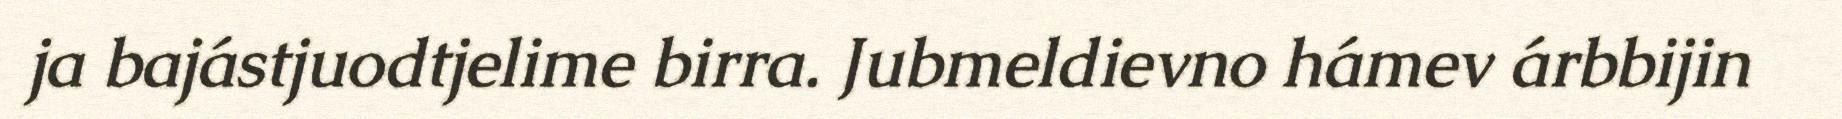
ja bajástjuodtjelime birra. Jubmeldievno hámev árbbijin